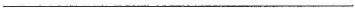
___